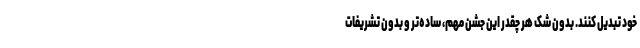
خود تبدیل کنند. بدون شک هر چقدر این جشن مهم، ساده‌تر و بدون تشریفات